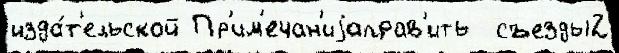
изда́т'ельской Пр'им'ечан'иjаправ'ить  съезды2